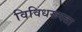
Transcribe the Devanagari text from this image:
विविधरूपता